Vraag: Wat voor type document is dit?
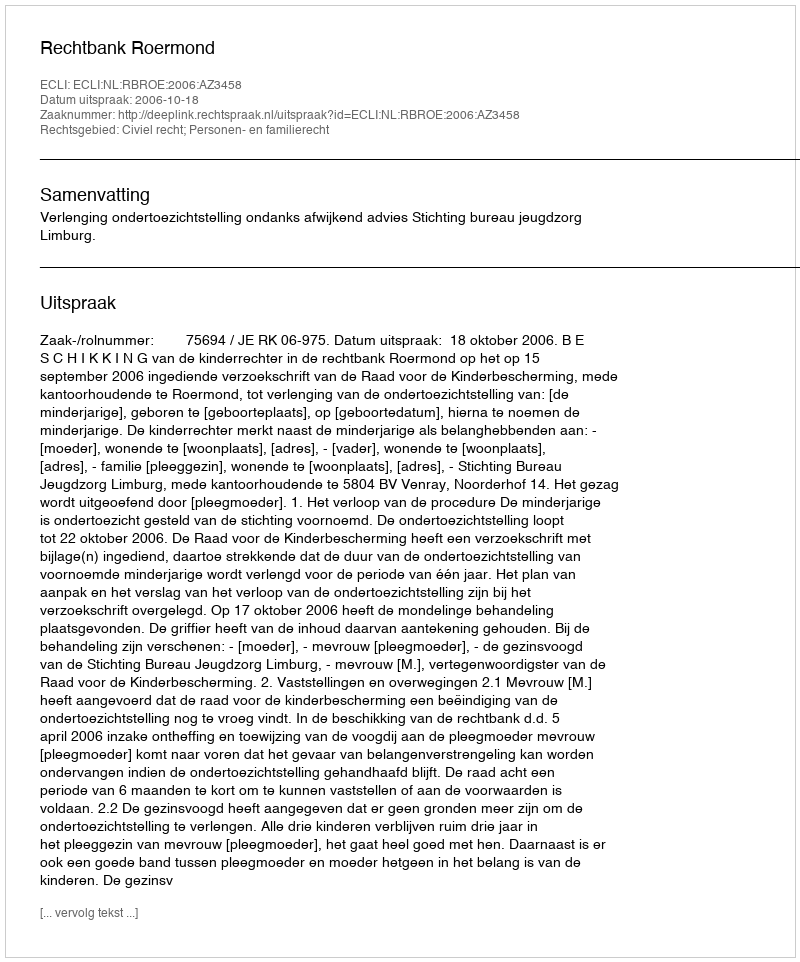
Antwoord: Uitspraak